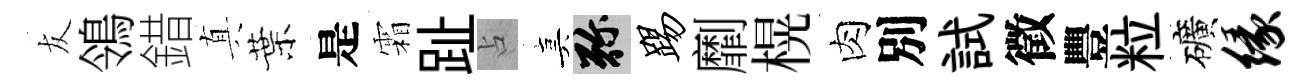
友鴒錯真葉是霜趾占真弥踢劘榥肉別試徵豐粒礦缘